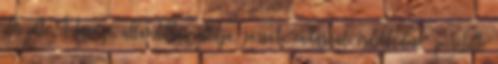
elkezdte A távozó államtitkár állítja, sorsát "vadászati érdeklődése" pecsételte